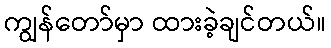
ကျွန်တော်မှာ ထားခဲ့ချင်တယ်။